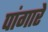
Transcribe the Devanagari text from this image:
पांगारे